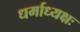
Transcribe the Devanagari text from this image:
धर्माध्यक्षः